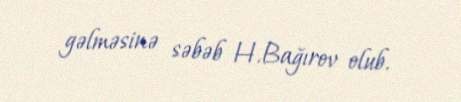
gəlməsinə səbəb H.Bağırov olub.